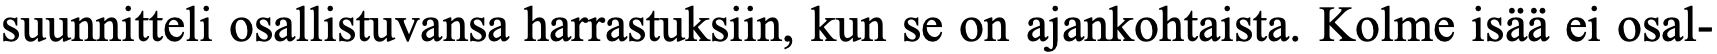
suunnitteli osallistuvansa harrastuksiin, kun se on ajankohtaista. Kolme isää ei osal-